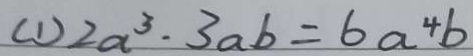
( 1 ) 2 a ^ { 3 } \cdot 3 a b = 6 a ^ { 4 } b